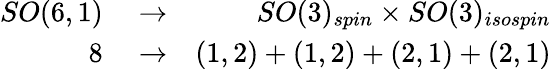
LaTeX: \begin{array}{rlr}{SO(6,1)}&{{}\rightarrow}&{SO(3)_{spin}\times SO(3)_{isospin}}\\ {8}&{{}\rightarrow}&{(1,2)+(1,2)+(2,1)+(2,1)}\end{array}